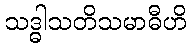
သဒ္ဓါသတိသမာဓီဟိ